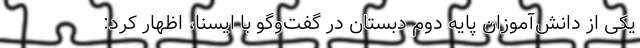
یکی از دانش‌آموزان پایه دوم دبستان در گفت‌وگو با ایسنا، اظهار کرد: